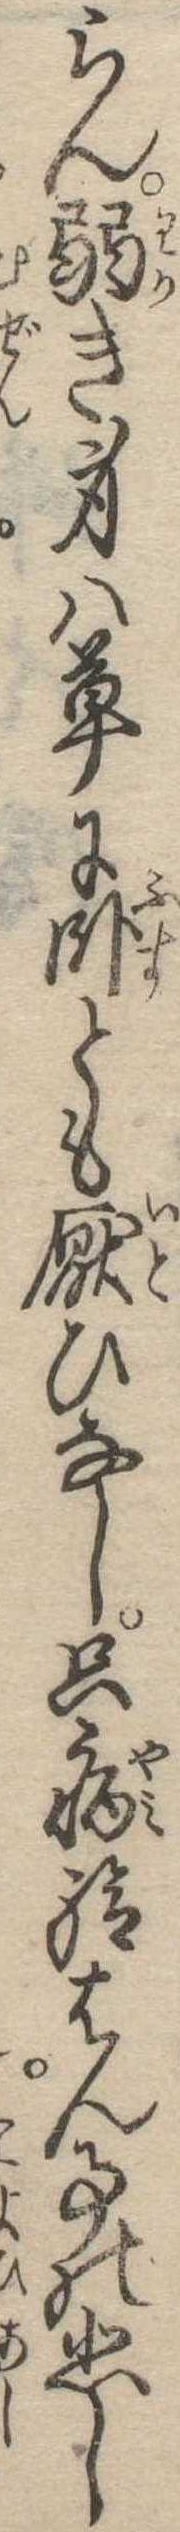
らん弱き身は草に臥とも厭ひなし只病給はん事の悲し